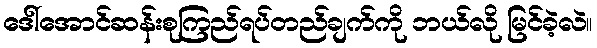
ဒေါ်အောင်ဆန်းစုကြည်ရပ်တည်ချက်ကို ဘယ်လို မြင်ခဲ့လဲ။